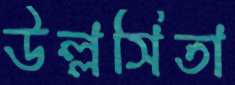
উল্লসিতা